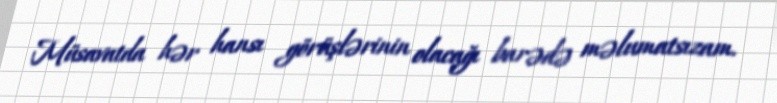
Müsavatda hər hansı görüşlərinin olacağı barədə məlumatsızam.